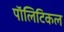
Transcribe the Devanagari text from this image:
पाॅलिटिकल